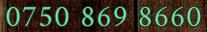
0750 869 8660